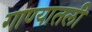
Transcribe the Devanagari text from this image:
गाण्यातली